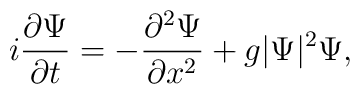
i \frac{\partial \Psi}{\partial t} =- \frac{\partial^2 \Psi}{\partial x^2}+ g |\Psi|^2 \Psi,